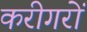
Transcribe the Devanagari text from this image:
करीगरों